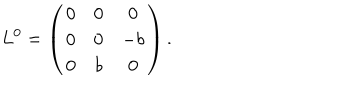
L ^ { 0 } = \left( \begin{array} { c c c } { { 0 } } & { { 0 } } & { { 0 } } \\ { { 0 } } & { { 0 } } & { { - b } } \\ { { 0 } } & { { b } } & { { 0 } } \\ \end{array} \right) .